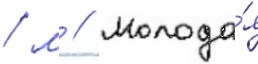
/ м // Молода́я